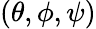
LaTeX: (\theta,\phi,\psi)